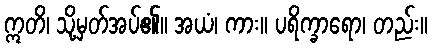
ဣတိ၊ သို့မှတ်အပ်၏။ အယံ၊ ကား။ ပရိက္ခာရော၊ တည်း။